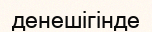
денешігінде